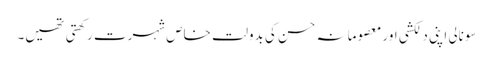
سونالی اپنی دلکشی اور معصومانہ حسن کی بدولت خاص شہرت رکھتی تھیں۔